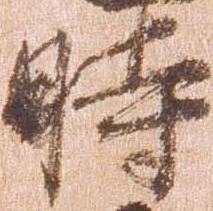
時